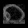
Digit: ၈